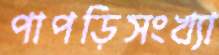
পাপড়িসংখ্যা